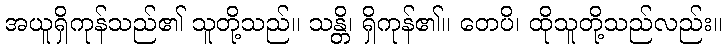
အယူရှိကုန်သည်၏ သူတို့သည်။ သန္တိ၊ ရှိကုန်၏။ တေပိ၊ ထိုသူတို့သည်လည်း။